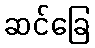
ဆင်ခြေ